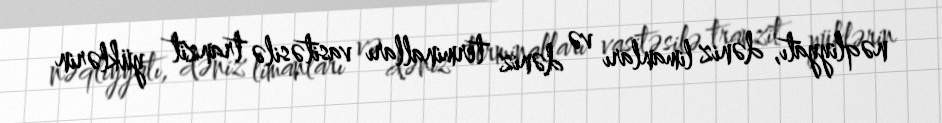
nəqliyyatı, dəniz limanları və dəniz terminalları vasitəsilə tranzit yüklərin